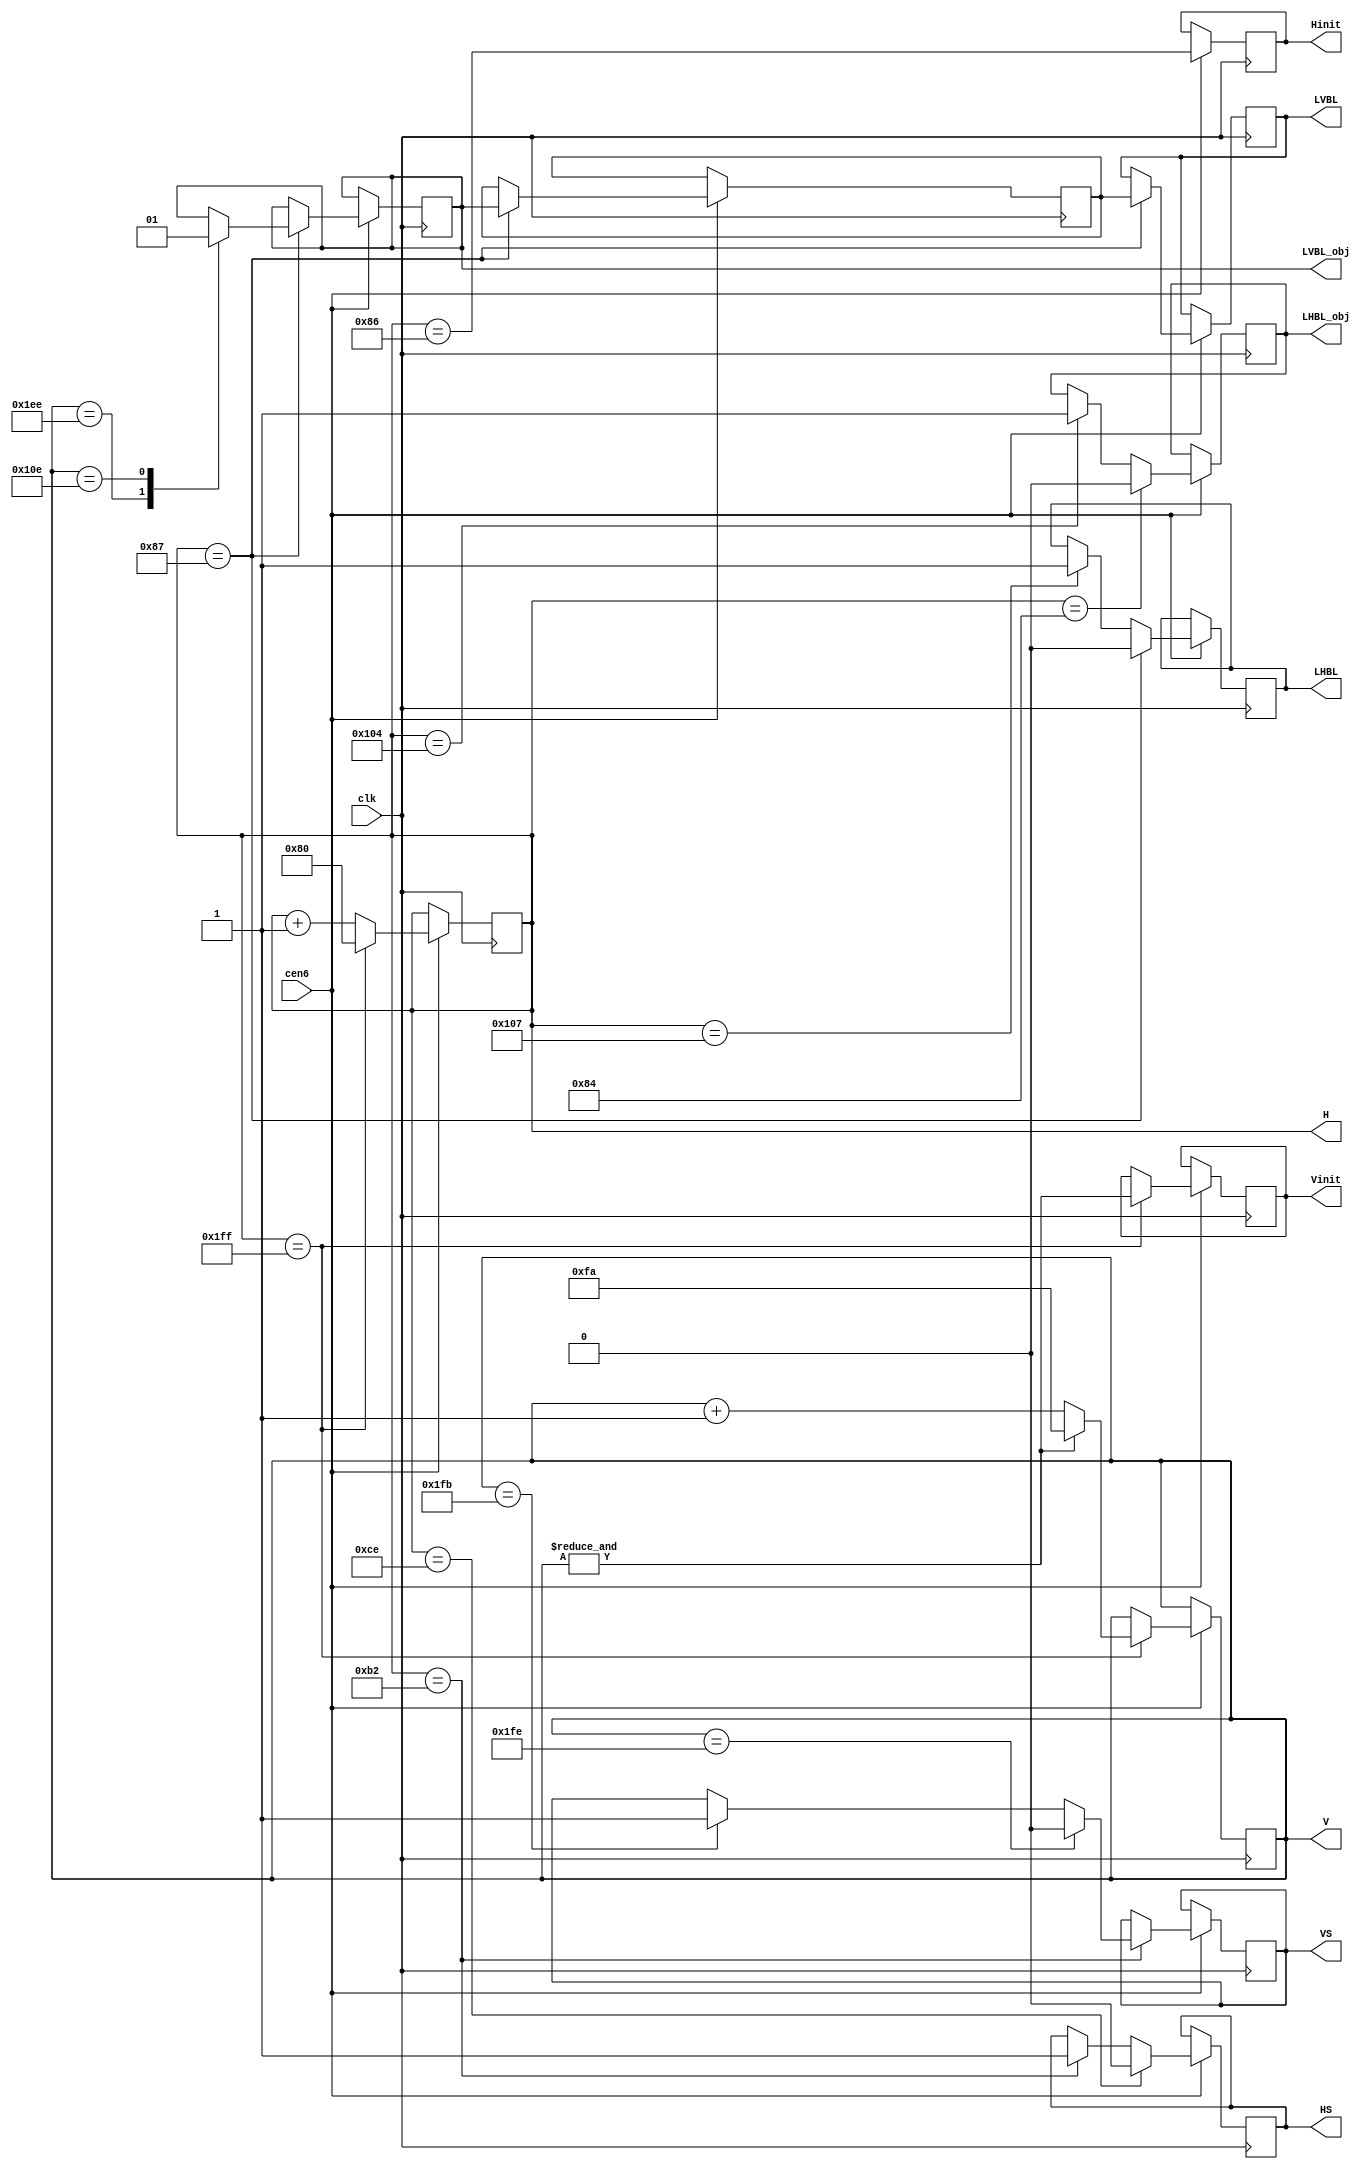
/*  This file is part of JTCORES.
    JTCORES program is free software: you can redistribute it and/or modify
    it under the terms of the GNU General Public License as published by
    the Free Software Foundation, either version 3 of the License, or
    (at your option) any later version.

    JTCORES program is distributed in the hope that it will be useful,
    but WITHOUT ANY WARRANTY; without even the implied warranty of
    MERCHANTABILITY or FITNESS FOR A PARTICULAR PURPOSE.  See the
    GNU General Public License for more details.

    You should have received a copy of the GNU General Public License
    along with JTCORES.  If not, see <http://www.gnu.org/licenses/>.

    Author: Jose Tejada Gomez. Twitter: @topapate
    Version: 1.0
    Date: 27-10-2017 */

// The basic count for most games (LAYOUT==0) is
// H goes from 80 to 1FF
// LHBL goes down at 87 and back up at 107
// V is incremented in the H=1FF to 80 transition
// LVBL goes down at 1F0, when LHBL goes down too (at H=87)
// LVBL goes up at 110, again when LHBL goes down at H=87

module jtgng_timer(
    input               clk,
    input               cen6,   //  6 MHz
    output  reg [8:0]   V,
    output  reg [8:0]   H,
    output  reg         Hinit = 1'b0,
    output  reg         Vinit = 1'b1,
    output  reg         LHBL = 1'b0,
    output  reg         LHBL_obj = 1'b0,
    output  reg         LVBL = 1'b0,
    output  reg         LVBL_obj = 1'b0,
    output  reg         HS = 1'b0,
    output  reg         VS = 1'b0
);

parameter obj_offset=10'd3;
// 0 for most games (224px height, 59.64Hz)
// 5 for Section Z  (240px height, 55.37Hz)
// 6 for Section Z  (240px height, 55.97Hz)
parameter LAYOUT=0;

localparam [8:0] V_START  = (LAYOUT != 5 && LAYOUT!=6) ? 9'd250 : (LAYOUT==5 ? 9'd230 : 9'd233),
                 VB_START = (LAYOUT != 5 && LAYOUT!=6) ? 9'd494 : 9'd502,
                 VB_END   = (LAYOUT != 5 && LAYOUT!=6) ? 9'd270 : 9'd262,
                 VS_START = (LAYOUT != 5 && LAYOUT!=6) ? 9'd507 : 9'd244,
                 // VS length doesn't affect position
                 VS_END   = (LAYOUT != 5 && LAYOUT!=6) ? 9'd510 : (VS_START+9'd3),
                 // H signals: all must be multiple of 8
                 H_START  = 9'd128,
                 HB_START = (LAYOUT != 5 && LAYOUT!=6) ? 9'h087 : 9'd128,
                            //( LAYOUT == 1 ? 9'd136 : 9'd128 ),
                 HB_END   = (LAYOUT != 5 && LAYOUT!=6) ?
                      9'h107  // other games
                    : 9'd256; // Section Z

// H counter
always @(posedge clk) if(cen6) begin
    Hinit <= H == 9'h86;
    if( H == 9'd511 ) begin
        //Hinit <= 1'b1;
        H <= H_START;
    end
    else begin
        //Hinit <= 1'b0;
        H <= H + 9'b1;
    end
end

reg LVBL_x;

`ifdef SIMULATION
initial begin
    // These numbers produce a good image in simulation
    // after binary to jpg conversion. Tested with layout=5
    // might need different H/V values for layout 0
    // The problem is the few pixels for which both LHBL and LVBL
    // are high before LVBL goes down, that can shift the image
    // in the jpg files.
    LVBL_obj = 1;
    LVBL_x = 1;
    LVBL   = 1;
    LHBL   = 0;
    H = 192;
    V = 264;
end
`endif

wire [9:0] LHBL_obj0 = 10'd135-obj_offset >= 10'd128 ? 10'd135-obj_offset : 10'd135-obj_offset+10'd512-10'd128;
wire [9:0] LHBL_obj1 = 10'd263-obj_offset;

// L Horizontal/Vertical Blanking
// Objects are drawn using a 2-line buffer
// so they are calculated two lines in advanced
// original games use a small ROM to generate
// control signals for the object buffers.
// I do not always use that ROM in my games,
// I often just generates the signals with logic
// LVBL_obj is such a signal. In CAPCOM schematics
// this is roughly equivalent to BLTM (1943) or BLTIMING (GnG)

always @(posedge clk) if(cen6) begin
    if( H==LHBL_obj1[8:0] ) LHBL_obj<=1'b1;
    if( H==LHBL_obj0[8:0] ) LHBL_obj<=1'b0;

    if( H == 9'd511 ) begin
        Vinit <= &V;
        V <= &V ? V_START : V + 1'd1;
    end

    if( H == HB_START ) begin
        LHBL <= 0;
        { LVBL, LVBL_x } <= { LVBL_x, LVBL_obj };
        case( V )
            // OBJ LVBL is two lines ahead
            VB_START: LVBL_obj <= 1'b0;
            VB_END:   LVBL_obj <= 1'b1;
            default:;
        endcase // V
    end else if( H == HB_END ) LHBL <= 1;

    if (H==9'd178) begin
        HS <= 1;
        if (V==VS_START) VS <= 1;
        if (V==VS_END  ) VS <= 0;
    end

    if (H==9'd206) HS <= 0;
end

`ifdef SIMULATION_TIMER
reg LVBL_Last, LHBL_last, VS_last, HS_last;

wire new_line  = LHBL_last && !LHBL;
wire new_frame = LVBL_Last && !LVBL;
wire new_HS = HS && !HS_last;
wire new_VS = VS && !VS_last;

integer vbcnt=0, vcnt=0, hcnt=0, hbcnt=0, vs0, vs1, hs0, hs1;
integer framecnt=0;

always @(posedge clk) if(cen6) begin
    LHBL_last <= LHBL;
    HS_last   <= HS;
    VS_last   <= VS;
    if( new_HS ) hs1 <= hbcnt;
    if( new_VS ) vs1 <= vbcnt;
    if( new_line ) begin
        LVBL_Last <= LVBL;
        if( new_frame ) begin
            if( framecnt>0 ) begin
                $display("VB count = %3d (sync at %2d)", vbcnt, vs1 );
                $display("V  total = %3d (%.2f Hz)", vcnt, 6e6/(hcnt*vcnt) );
                $display("HB count = %3d (sync at %2d)", hbcnt, hs1 );
                $display("H  total = %3d", hcnt );
                $display("-------------" );
            end
            vbcnt <= 1;
            vcnt  <= 1;
            framecnt <= framecnt+1;
        end else begin
            vcnt <= vcnt+1;
            if( !LVBL ) vbcnt <= vbcnt+1;
        end
        hbcnt <= 1;
        hcnt  <= 1;
    end else begin
        hcnt <= hcnt+1;
        if( !LHBL ) hbcnt <= hbcnt+1;
    end
end
`endif

endmodule // jtgng_timer